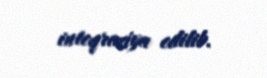
inteqrasiya edilib.